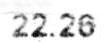
22.26